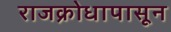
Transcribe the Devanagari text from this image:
राजक्रोधापासून